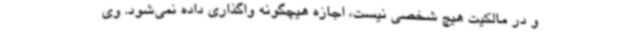
و در مالکیت هیچ شخصی نیست، اجازه هیچگونه واگذاری داده نمی‌شود. وی